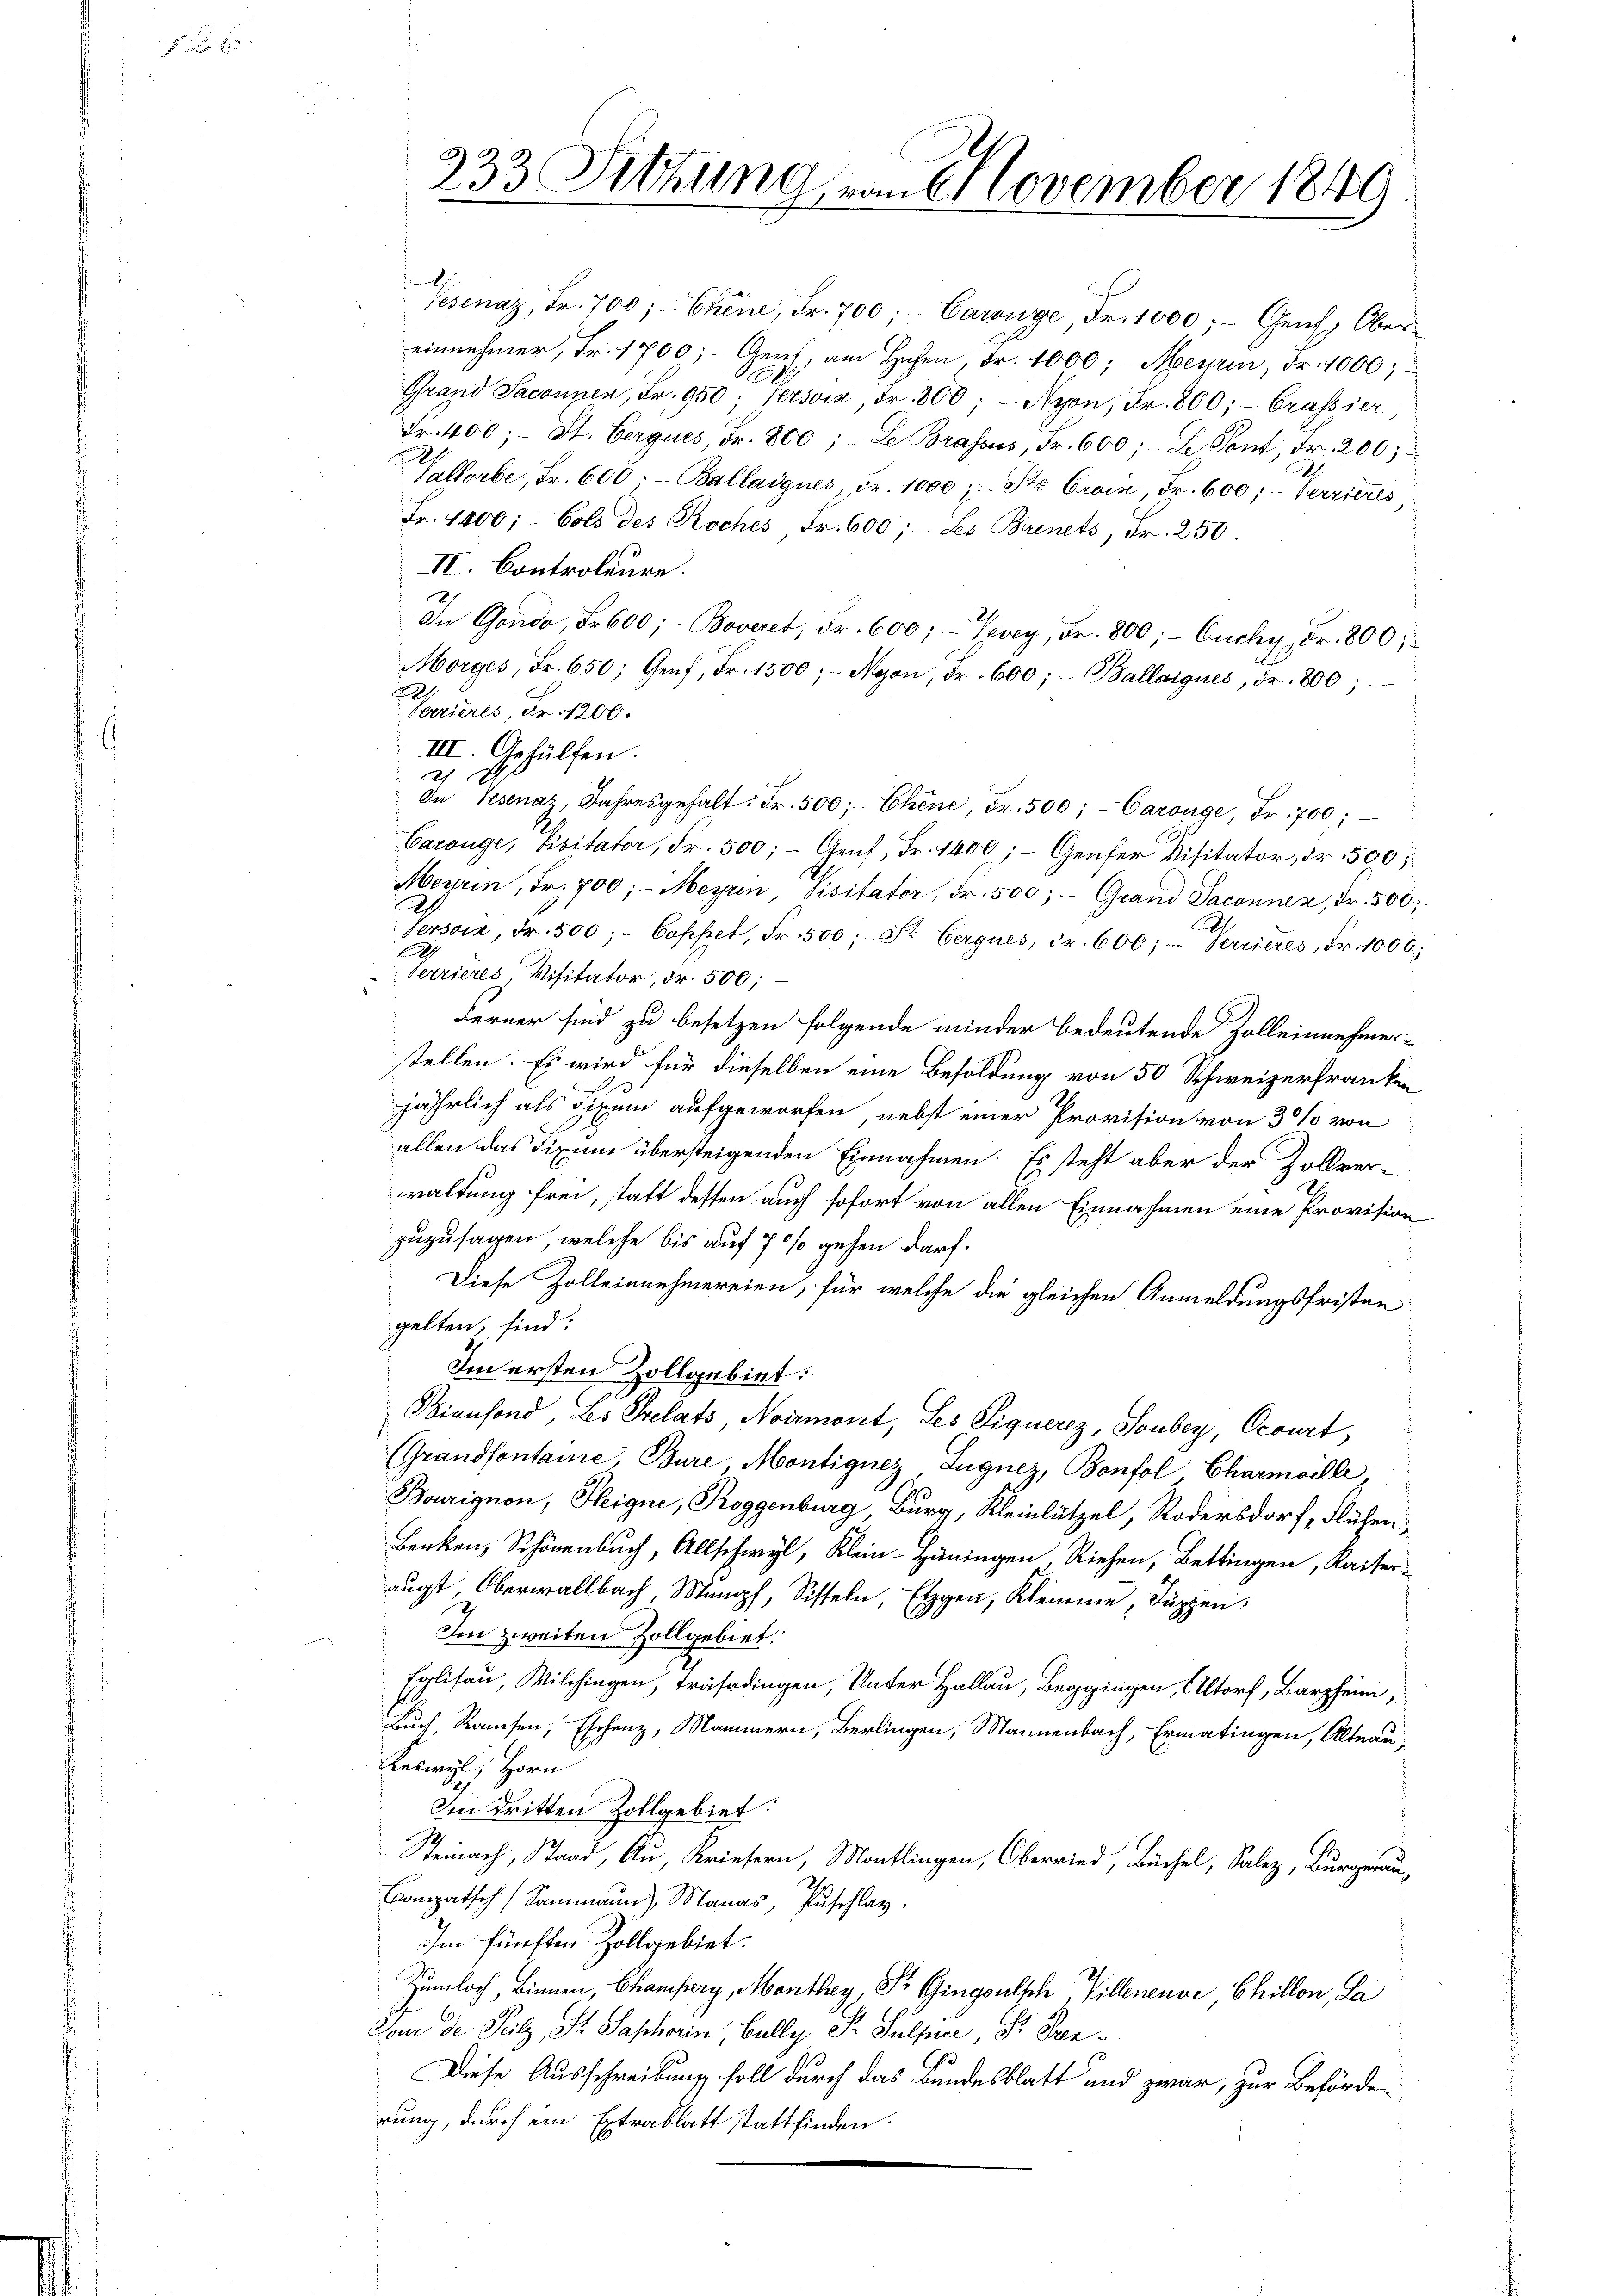
Vesenaz, Fr. 700; Chene, Fr. 700; - Carouge, Fr. 1000; - Gench, Obereinnehmer, Fr. 1700; - Genf, am Hohen, Fr. 1000;-Meyrin, Fr. 1000;
Grand Saconnen, Fr. 950. Persoin, Fr. 300; Nyon, Fr. 800; Crassier
Fr. 400; St. Gerques, Fr. 800; Le Brassus, Fr. 600;- Le Sont, Fr. 200;
Vallorbe, Fr. 600. Ballaignes, dr. 1000, Ste Croin, Fr. 600; Verrieres
Fr. 1400; Gols des Roches Fr. 600; Ls Brinets, Fr. 250.
IV. Controleure.
2
In Gondo, Fr. 600;- Boveret, Fr. 600; Vevey, Fr. 800; Cuchy, Fr. 800;
Morges, Fr. 650; Genf, Fr. 1500; Meon, Fr. 600; - Ballaigues, Fr. 800;
2
Terrieres, Fr. 1200.
IIII. Gehülfen.
2
In Tesenaz, Jahresgehalt: Fr. 500; Chene, Fr. 500;- Carouge, Fr. 700;
Carouge, Visitator, Fr. 500; Aeuf, Fr. 1400; - Genfer Visitator, Fr. 500
Meyrin, Fr. 700; Meyrin Visitator, Fr. 500; Grand Jaconnen, Fr. 500.
Persoin, Fr. 500, Coppel, Fr. 500, St. Gerques, Fr. 600; - Percieres, Fr. 1000.
A
serrieres, Visitator, Fr. 500;
Ferner sind zu besetzen folgende minder bedeutende Zolleinnehmer
stellen. Es wird für dieselben eine Besoldung von 50 Schweizerfranken
jährlich als Fixum aufgeworfen, nebst einer Provision von 30% von
allen das Fixum übersteigenden Einnahmen. Es steht aber der Zollverwaltung frei, statt dessen auch sofort von allen Einnahmen eine Provision
zuzusagen, welche bis auf 70% gehen darf.
Diese Zolleinnehmereien, für welche die gleichen Anmeldungsfristen
gelten, sind:
Im ersten Zollgebiet:
Bienfond, Les Srelats, Noirmont, Les Siquerez, Soubey, Ocourt,
Grandsontaine, Bure Montignez, Zugnez, Bonfol Charmoille
Bourignon, Heigne, Roggenburg, Burg, Kleinlützel, Rodersdorf, Flühen
Benken, Schönenbuch, Allschwyl, Klein-Hüningen Riehen, Bettingen, Kaiseraugt, Oberwaltbach, Sumpf, Sitteln, Etzgen, Klemme, Suppen,
Im zweiten Zollgebiet.
Eglisau, Wilchingen, Trasadingen, Unter Hallau, Begingen, Altorf, Barzheim,
Buch, Ramsen, Eschenz, Mammern, Berlingen, Mannenbach, Ermatingen, Altnau,
Kecwyl, Horn
Im dritten Zollgebiet:
9
ech, Stand, u, Kiefern, Montingen, Oberried, Büchel, Salz, Burgau,
Copatsch (Sommann, Manas, Puschlag.
Im fünften Zollgebiet:
Zumloch, binnen, Chamberg, Monthey, Pr. Gingoulsch, Villenenve Chillon, La
Von de Teilz, St. Saphorin, Bully Fr. Sulpier, Dr. Gren¬
Diese Ausschreibung soll durch das Bundesblatt und zwar, zur Beförderung, durch ein Extrablatt stattfinden.

333 Sitzung, von November 1849